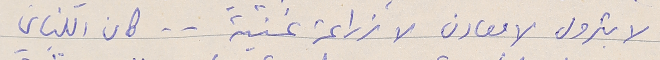
لا بترول لا معادن لا زراعة غنية .. كان اللبناني